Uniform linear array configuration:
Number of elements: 48
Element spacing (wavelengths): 1
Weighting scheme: blackman
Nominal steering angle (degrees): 15
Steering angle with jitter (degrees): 15.762
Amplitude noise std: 0.05
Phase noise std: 0.05

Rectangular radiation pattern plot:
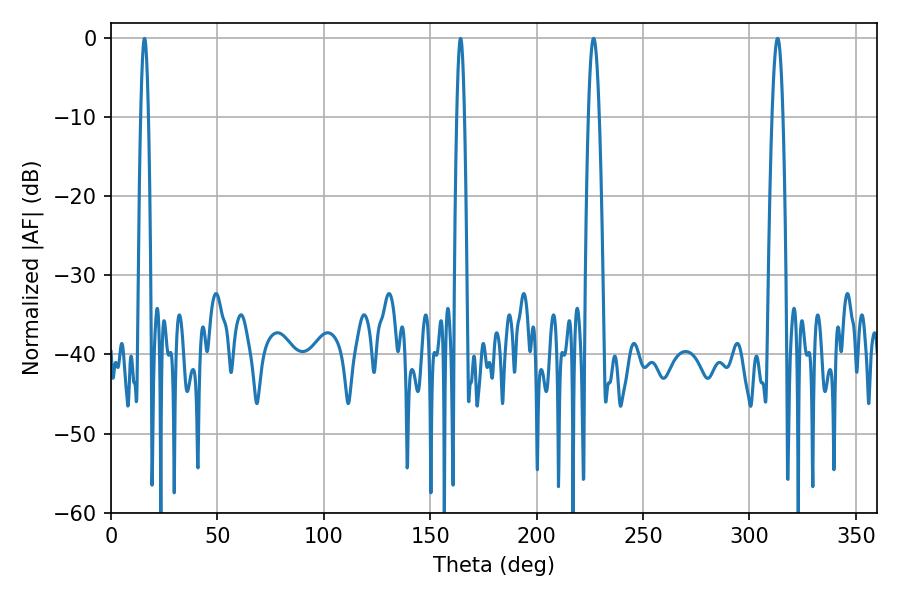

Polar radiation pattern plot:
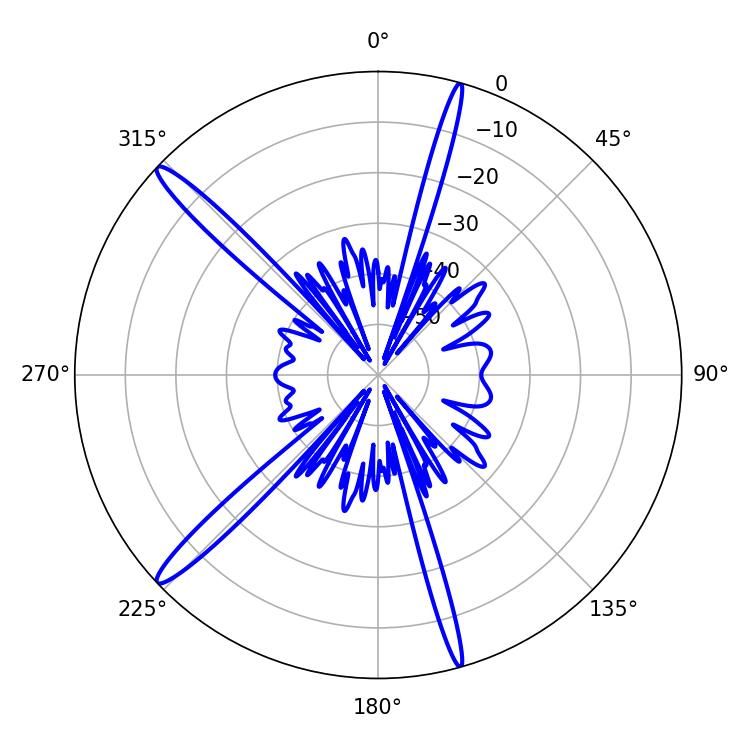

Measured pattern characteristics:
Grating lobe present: TRUE
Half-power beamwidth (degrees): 2.88
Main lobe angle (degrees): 226.8